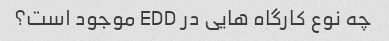
چه نوع کارگاه هایی در EDD موجود است؟